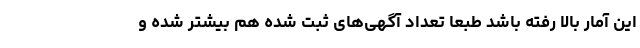
این آمار بالا رفته باشد طبعا تعداد آگهی‌های ثبت شده هم بیشتر شده و